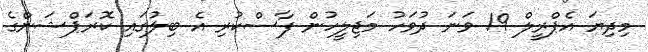
މިދިޔަ އެޕްރީލް 19 ވަނަ ދުވަހު މަޖިލީހުން ފާސްކުރި އެ ބިލުގައި ކޮރަޕްޝަންގެ